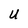
Character: U